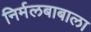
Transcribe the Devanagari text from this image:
निर्मलबाबाला